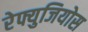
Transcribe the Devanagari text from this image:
रेफ्युजियोस